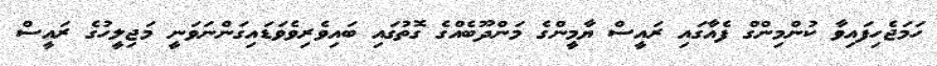
ހަމަޖެހިފައިވާ ކުންމިންގް ފެއާގައި ރައީސް ޔާމީންގެ މަންދޫބެއްގެ ގޮތުގައި ބައިވެރިވެވަޑައިގަންނަވަނީ މަޖިލީހުގެ ރައީސް